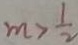
m > \frac { 1 } { 2 }